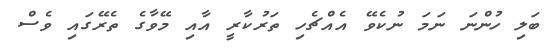
ބަލި ހުންނަ ނަމަ ނުކެވޭ އެއްޗެހި ތަރުކާރީ އާއި މޭވާގެ ތެރޭގައި ވެސް